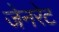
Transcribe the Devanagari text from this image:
जेनरेट